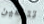
تتبعين